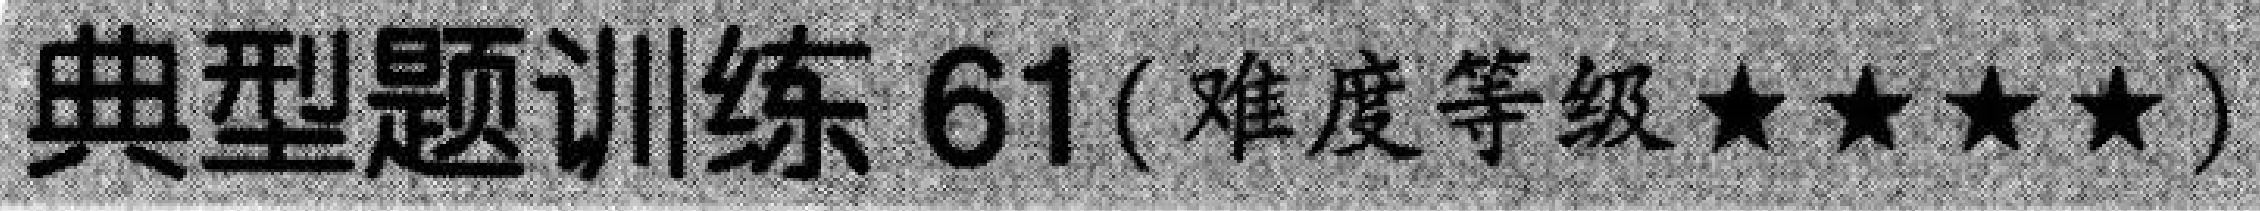
典型题训练 61(难度等级★★★★)